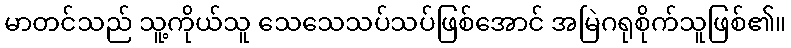
မာတင်သည် သူ့ကိုယ်သူ သေသေသပ်သပ်ဖြစ်အောင် အမြဲဂရုစိုက်သူဖြစ်၏။